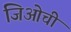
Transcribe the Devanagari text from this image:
जिओची